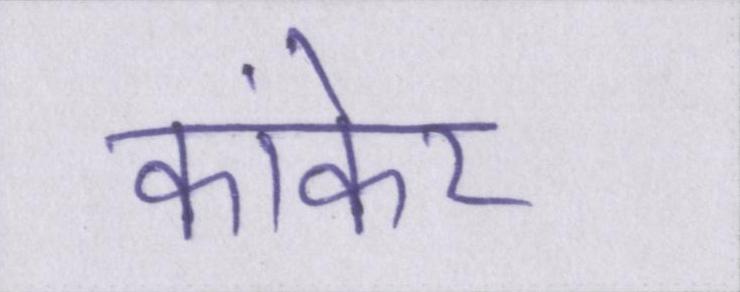
कांकेर